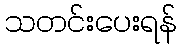
သတင်းပေးရန်